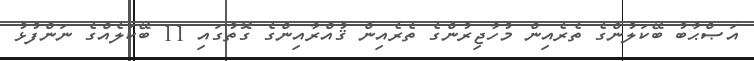
އަޞްޙާބު ބޭކަލުންގެ ތެރެއިން މުހާޖިރުންގެ ތެރެއިން ޤުއްރާއިންގެ ގޮތުގައި 11 ބޭކަލެއްގެ ނަންފުޅު